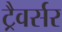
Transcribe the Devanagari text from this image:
ट्रैवर्सर